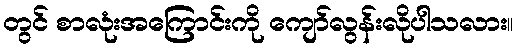
တွင် စာလုံးအကြောင်းကို ကျော်လွန်းလိုပါသလား။